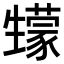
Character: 𤯻